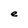
Character: e